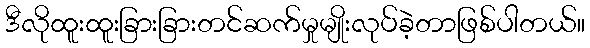
ဒီလိုထူးထူးခြားခြားတင်ဆက်မှုမျိုးလုပ်ခဲ့တာဖြစ်ပါတယ်။